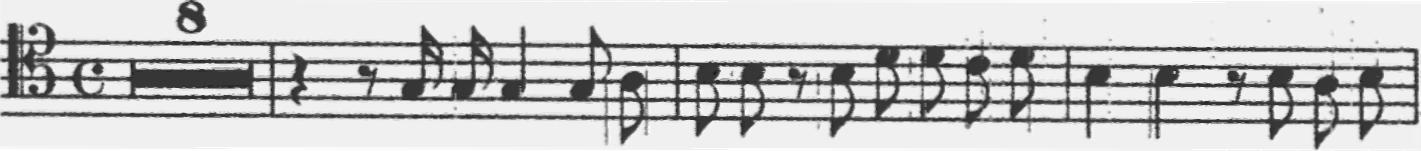
Transcription: clef-C4 timeSignature-C multirest-8 barline rest-quarter rest-eighth note-G3_sixteenth note-G3_sixteenth note-G3_quarter note-G3_eighth note-A3_eighth barline note-B3_eighth note-B3_eighth rest-eighth note-B3_eighth note-D4_eighth note-D4_eighth note-C4_eighth note-D4_eighth barline note-B3_quarter note-B3_quarter rest-eighth note-B3_eighth note-A3_eighth note-B3_eighth barline